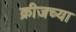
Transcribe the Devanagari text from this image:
क्रीजच्या